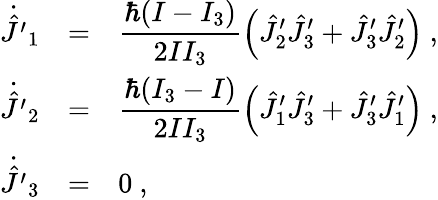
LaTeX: \begin{array}{rcl}{{\dot{\hat{J}^{\prime}}_{1}}}&{{=}}&{{\displaystyle\frac{\hbar(I-I_{3})}{2II_{3}}\left(\hat{J}_{2}^{\prime}\hat{J}_{3}^{\prime}+\hat{J}_{3}^{\prime}\hat{J}_{2}^{\prime}\right)~,}}\\ {{\dot{\hat{J}^{\prime}}_{2}}}&{{=}}&{{\displaystyle\frac{\hbar(I_{3}-I)}{2II_{3}}\left(\hat{J}_{1}^{\prime}\hat{J}_{3}^{\prime}+\hat{J}_{3}^{\prime}\hat{J}_{1}^{\prime}\right)~,}}\\ {{\dot{\hat{J}^{\prime}}_{3}}}&{{=}}&{{0~,}}\end{array}